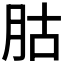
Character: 𦙶